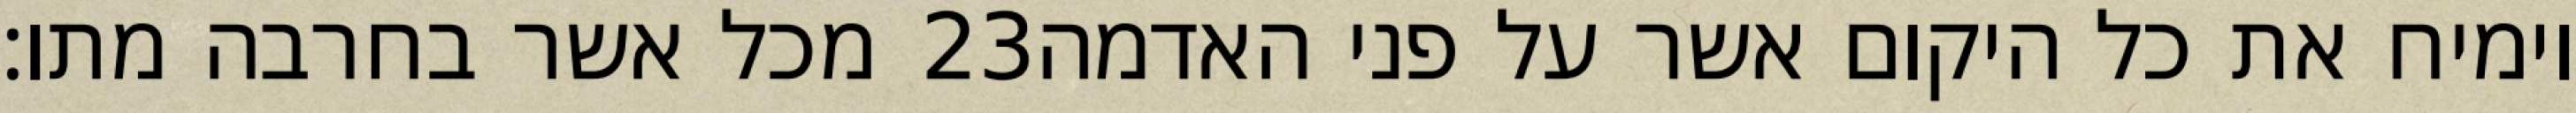
מכל אשר בחרבה מתו׃ ‎23‏ וימיח את כל היקום אשר על פני האדמה